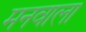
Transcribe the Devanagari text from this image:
मनवाला